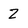
Character: 2